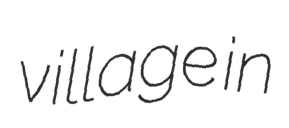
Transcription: village in